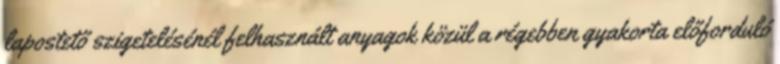
lapostető szigetelésénél felhasznált anyagok közül a régebben gyakorta előforduló